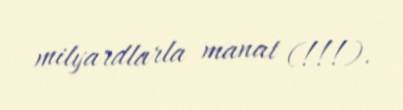
milyardlarla manat (!!!).